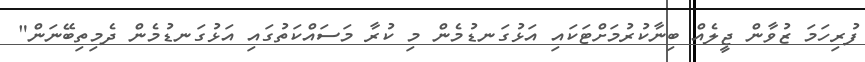
ފުރިހަމަ ޒުވާން ޖީލެއް ބިނާކުރުމަށްޓަކައި އަޅުގަނޑުމެން މި ކުރާ މަސައްކަތުގައި އަޅުގަނޑުމެން ދެމިތިބޭނަން"